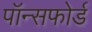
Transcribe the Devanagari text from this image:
पॉन्सफोर्ड